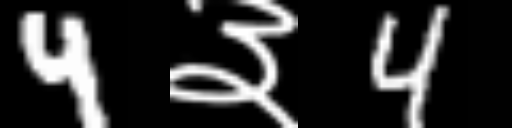
Text: 4३4